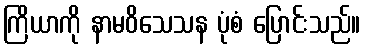
ကြိယာကို နာမဝိသေသန ပုံစံ ပြောင်းသည်။